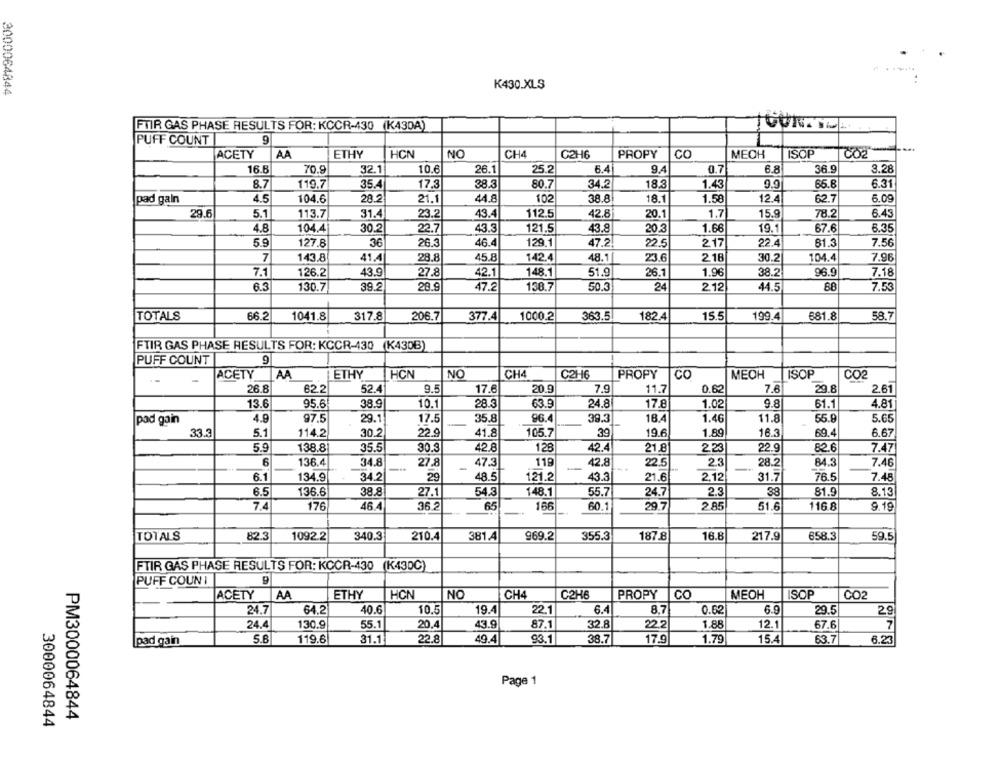
3000064844
K430.XLS
FTIR GAS PHASE RESULTS FOR: KCCR-430 (K430A)
PUFF COUNT
9
ACETY
AA
ETHY
HCN
NO
CH4
C2H6
PROPY
CO
MECH
ISOP
CO2
16.8
70.9
32.1
10.6
26.1
25.2
6.4
9.4
0.7
6.8
36.9
3.28
8.7
119.7
35.4
17.3
38.3
80.7
34.2
18.3
1.43
9.9
65.8
6.31
4.5
104.6
28.2
21.1
44.8
102
38.8
18.1
1.58
12.4
6.09
pad gain
62.7
29.6
5.1
113.7
31.4
23.2
43.4
112.5
42.8
20.1
1.7
15.9
78.2
6.43
4.8
104.4
30.2
22.7
43.3
121.5
43.8
20.3
1.66
19.1
67.6
6.35
5.9
127.8
36
26.3
46.4
129.1
47.2.
22.5
2.17
22.4
81.3
7.56
7
143.8
41.4
28.8
45.8
142.4
48.1
23.6
218
30.2
104.4
7.96
7.1
126.2
43.9
27.8
42.1
148,1
51.9
26.1
1.96
38.2
96.9
7.18
6.3
130.7
39.2
28.9
47.2
138.7
50.3
24
2.12
44.5
88
7.53
TOTALS
66.2
1041.8
317.8
206.7
377.4
1000.2
363.5
182.4
15.5
199.4
681.8
58.7
FTIR GAS PHASE RESULTS FOR: KCCR-430 (K430B)
PUFF COUNT
9
AA
ETHY
NO
CH4
C2H6
CO
CO2
-
ACETY
HCN
PROPY
MECH
ISOP
26.8
52.4
9.5
20.9
11.7
0.62
7.6
29.8
2.61
62.2
17.6
7.9
13.6
38.9
10.1
63.9
24.8
17.8
1.02
9.8
61.1
4.81
95.6
28.3
4.8
97.5
29.1
17.5
35.8
96.4
39.3
18.4
1.46
11.8
55.9
5.65
pad gain
33.3
5.1
114.2
30.2
22.9
41.8
105.7
39
19.6
1.89
16.3
69.4
6.67
5.9
138.8
30.3
42.8
128
42.4
21.8
2.23
22.9
82.6
7.47
35.5
6
136.4
34.8
27.8
47.3
119
42.8
22.5
2.3
28.2
84.3
7.46
6.1
134.9
34.2
29
48.5
121.2
43.3
21.6
2.12
31.7
76.5
7.48
6.5
136.6
38.8
27.1
54.3
148.1
55.7
24.7
2.3
38
81.9
8.13
7.4
176
46.4
36.2
65
166
60.1
29.7
2.85
51.6
116.8
9.19
TOTALS
1092.2
340.3
210.4
381.A
969.2
355.3
187.8
16.8
217.9
658.3
59.5
FTIR GAS PHASE RESULTS FOR: KOCR-430
(K43DC)
PUFF COUN I
ACETY
AA
ETHY
HCN
NO
CH4
C2H6
PROPY | CO
MEOH
ISOP
CO2
24.7
64.2
40.6
10.5
19.4
22.1
6.4
8.7
0.62
6.9
29
29.5
24.4
130.9
55.1
20.4
43.9
87.1
32.8
22.
1.88
12.1
67.6
7
5.6
119.6
31.1
22.8
49.4
93.1
38.7
17.9
1.79
15.4
63.7
6.23
Ipad gain
Page 1
PM3000064844
3000064844